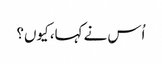
اُس نے کہا، کیوں؟